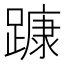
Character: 𨄗